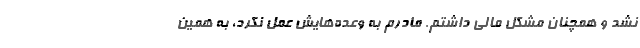
نشد و همچنان مشکل مالی داشتم. مادرم به وعده‌هایش عمل نکرد، به همین